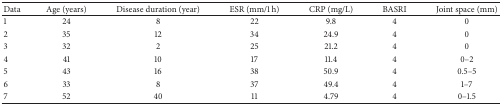
<table><thead><tr><td><b>Data</b></td><td><b>Age (years)</b></td><td><b>Disease duration (year)</b></td><td><b>ESR (mm/1 h)</b></td><td><b>CRP (mg/L)</b></td><td><b>BASRI</b></td><td><b>Joint space (mm)</b></td></tr></thead><tbody><tr><td>1</td><td>24</td><td>8</td><td>22</td><td>9.8</td><td>4</td><td>0</td></tr><tr><td>2</td><td>35</td><td>12</td><td>34</td><td>24.9</td><td>4</td><td>0</td></tr><tr><td>3</td><td>32</td><td>2</td><td>25</td><td>21.2</td><td>4</td><td>0</td></tr><tr><td>4</td><td>41</td><td>10</td><td>17</td><td>11.4</td><td>4</td><td>0–2</td></tr><tr><td>5</td><td>43</td><td>16</td><td>38</td><td>50.9</td><td>4</td><td>0.5–5</td></tr><tr><td>6</td><td>33</td><td>8</td><td>37</td><td>49.4</td><td>4</td><td>1–7</td></tr><tr><td>7</td><td>52</td><td>40</td><td>11</td><td>4.79</td><td>4</td><td>0–1.5</td></tr></tbody></table>